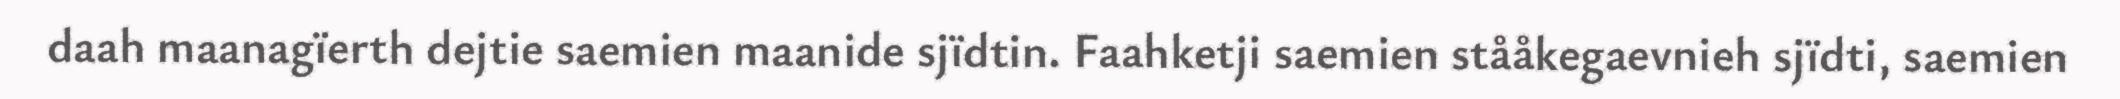
daah maanagïerth dejtie saemien maanide sjïdtin. Faahketji saemien stååkegaevnieh sjïdti, saemien